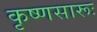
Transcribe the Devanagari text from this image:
कृष्‍णसारूः